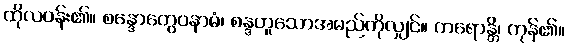
ထိုလဝန်း၏။ စန္ဒောတွေဝနာမံ၊ စန္ဒဟူသောအမည်ကိုလျှင်။ ကရောန္တိ၊ ကုန်၏။